Report of the Hyderabad Chloroform Commission
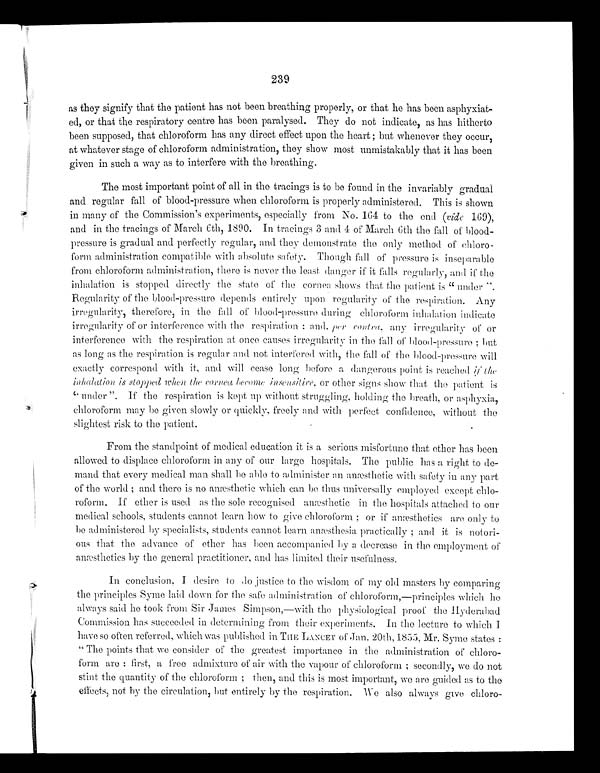
239
as they signify that the patient has not been breathing properly, or that he has been asphyxiat-
ed, or that the respiratory centre has been paralysed. They do not indicate, as has hitherto
been supposed, that chloroform has any direct effect upon the heart; but whenever they occur,
at whatever stage of chloroform administration, they show most unmistakably that it has been
given in such a way as to interfere with the breathing.
The most important point of all in the tracings is to be found in the invariably gradual
and regular fall of blood-pressure when chloroform is properly administered. This is shown
in many of the Commission's experiments, especially from No. 164 to the end (vide 169),
and in the tracings of March 6th, 1890. In tracings 3 and 4 of March 6th the fall of blood-
pressure is gradual and perfectly regular, and they demonstrate the only method of chloro-
form administration compatible with absolute safety. Though fall of pressure is inseparable
from chloroform administration, there is never the least danger if it falls regularly, and if the
inhalation is stopped directly the state of the cornea shows that the patient is "under".
Regularity of the blood-pressure depends entirely upon regularity of the respiration. Any
irregularity, therefore, in the fall of blood-pressure during chloroform inhalation indicate
irregularity of or interference with the respiration: and, per contra, any irregularity of or
interference with the respiration at once causes irregularity in the fall of blood-presure; but
as long as the respiration is regular and not interfered with, the fall of the blood-pressure will
exactly correspond with it, and will cease long before a dangerous point is reached
i f t h e i n h a l a t i o n i s s t o p p e d
when the cornea become insensitive, or other signs show that the patient is
" under". If the respiration is kept up without struggling, holding the breath, o r asphyxia,
chloroform may be given slowly or quickly, freely and with perfect confidence, without the
slightest risk to the patient.
From the standpoint of medical education it is a serious misfortune that ether has been
allowed to displace chloroform in any of our large hospitals. The public has a right to de-
mand that every medical man shall he able to administer an anæsthetic with safety in any part
of the world; and there is no anæsthetic which can be thus universally employed except chlo-
roform. If ether is used as the sole recognised amæsthetic in the hospitals attached to our
medical schools, students cannot learn how to give chloroform; or if anæsthetics are only to
b e
a d m i n i s t e r e d
b y
specialists, students cannot learn anæsthesia practically; and it is notori-
ous that the advance of ether has been accompanied by a decrease in the employment of
anæsthetics by the general practitioner, and has limited their usefulness.
In conclusion, I desire to do justice to the wisdom of my old masters by comparing
the principles Syme laid down for the safe administration of chloroform,—principles which he
always said he took from Sir James Simpson,—with the physiological proof the H yderabad
Commission has succeeded in determining from their experiments. In the lecture to which I
have so often referred, which was published in THE LANCET of Jan. 20th, 1855, Mr. Syme states:
" T h e p o i n t s t h a t w e c o n s i d e r o f t h e g r e a t e s t i m p o r t a n c e i nt
h e
a d m i n i s t r a t i o n
o f
chloro-
form are: fi rst , a free admi xt ure of ai r wi t ht h e
v a p o u r o f c h l o r o f o r m ; s e c o n d l y , w e d o n o t
stint the quantity of the chloroform; then, and this is most important, we are guided as to the
effects, not by the circulation, hut entirely by the respiration. We also always give chloro-